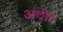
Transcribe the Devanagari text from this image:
अंदीर